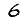
Digit: 6